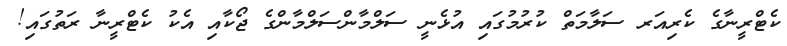
ކެޓްރީނާގެ ކެރިއަރ ސަލާމަތް ކުރުމުގައި އުޅެނީ ސަލްމާންސަލްމާންގެ ޖޯކާއި އެކު ކެޓްރީނާ ރަތުގައި!